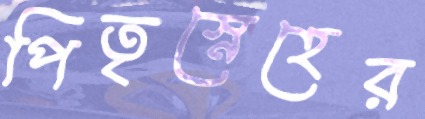
পিতৃস্নেহের